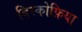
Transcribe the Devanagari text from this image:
बिस्कोफ़िया